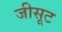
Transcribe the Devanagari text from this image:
जीसूट